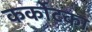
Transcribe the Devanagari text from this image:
कर्कोटका